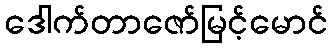
ဒေါက်တာဇော်မြင့်မောင်